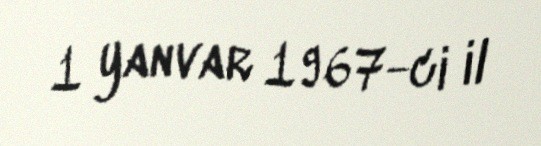
1 yanvar 1967-ci il